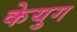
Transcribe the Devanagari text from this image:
केयुग